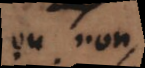
ou non